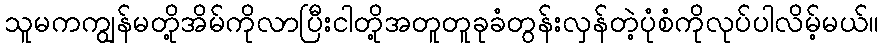
သူမကကျွန်မတို့အိမ်ကိုလာပြီးငါတို့အတူတူခုခံတွန်းလှန်တဲ့ပုံစံကိုလုပ်ပါလိမ့်မယ်။